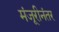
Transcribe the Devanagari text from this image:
मंजूरीनंतर